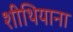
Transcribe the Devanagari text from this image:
शीथियाना